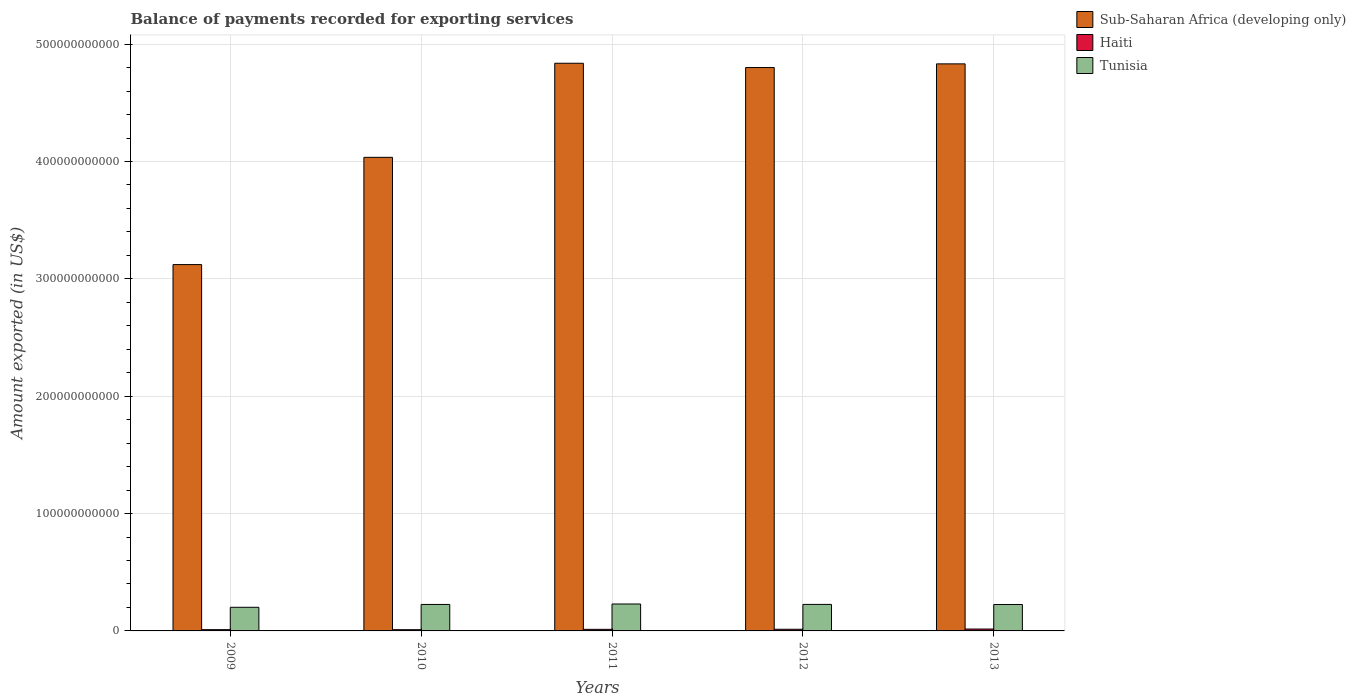
| Years | Sub-Saharan Africa (developing only) | Haiti | Tunisia |
 | --- | --- | --- | --- |
 | 2009 | 3.12e+11 | 1.07e+09 | 2.01e+10 |
 | 2010 | 4.04e+11 | 1.05e+09 | 2.26e+10 |
 | 2011 | 4.84e+11 | 1.36e+09 | 2.3e+10 |
 | 2012 | 4.8e+11 | 1.4e+09 | 2.26e+10 |
 | 2013 | 4.83e+11 | 1.61e+09 | 2.25e+10 |